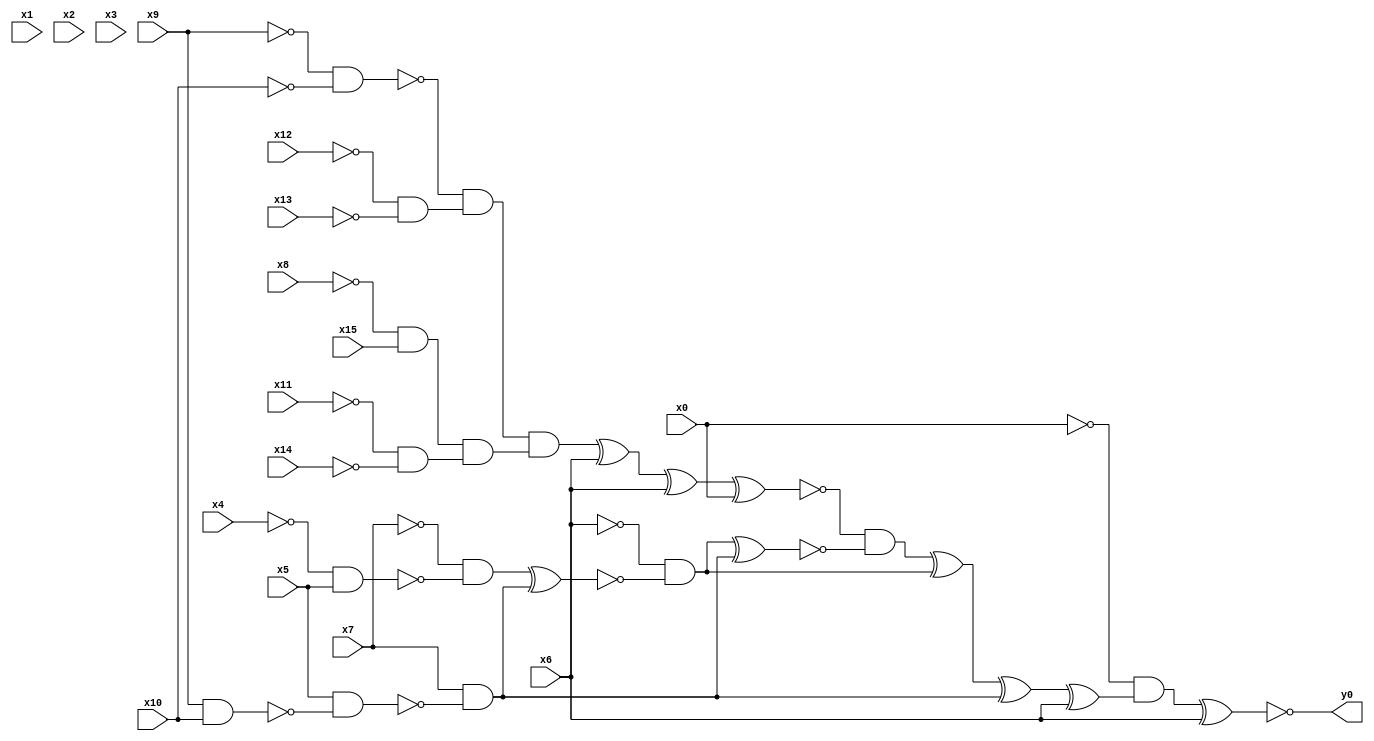
module top( x0 , x1 , x2 , x3 , x4 , x5 , x6 , x7 , x8 , x9 , x10 , x11 , x12 , x13 , x14 , x15 , y0 );
  input x0 , x1 , x2 , x3 , x4 , x5 , x6 , x7 , x8 , x9 , x10 , x11 , x12 , x13 , x14 , x15 ;
  output y0 ;
  wire n17 , n18 , n19 , n20 , n21 , n22 , n23 , n24 , n25 , n26 , n27 , n28 , n29 , n30 , n31 , n32 , n33 , n34 , n35 , n36 , n37 , n38 , n39 , n40 ;
  assign n17 = ~x9 & ~x10 ;
  assign n18 = ~x12 & ~x13 ;
  assign n19 = ~n17 & n18 ;
  assign n20 = ~x8 & x15 ;
  assign n21 = ~x11 & ~x14 ;
  assign n22 = n20 & n21 ;
  assign n23 = n19 & n22 ;
  assign n24 = n23 ^ x6 ;
  assign n25 = n24 ^ x6 ;
  assign n26 = n25 ^ x0 ;
  assign n30 = ~x4 & x5 ;
  assign n31 = ~x7 & ~n30 ;
  assign n27 = x9 & x10 ;
  assign n28 = x5 & ~n27 ;
  assign n29 = x7 & ~n28 ;
  assign n32 = n31 ^ n29 ;
  assign n33 = ~x6 & ~n32 ;
  assign n34 = n33 ^ n29 ;
  assign n35 = ~n26 & ~n34 ;
  assign n36 = n35 ^ n33 ;
  assign n37 = n36 ^ n29 ;
  assign n38 = n37 ^ x6 ;
  assign n39 = ~x0 & n38 ;
  assign n40 = n39 ^ x6 ;
  assign y0 = ~n40 ;
endmodule